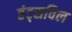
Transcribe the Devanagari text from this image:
हंट्सविल